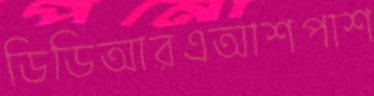
ডিডিআরএআশপাশ